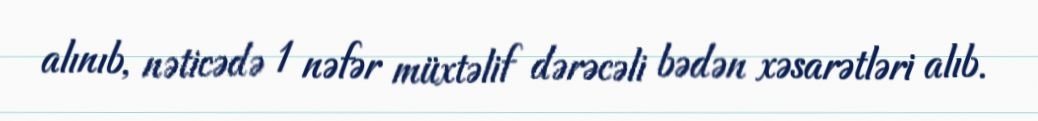
alınıb, nəticədə 1 nəfər müxtəlif dərəcəli bədən xəsarətləri alıb.